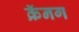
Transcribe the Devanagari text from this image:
क्रॅनग